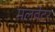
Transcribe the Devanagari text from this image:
मलवेटर